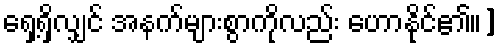
ရှေ့ရှိလျှင် အနက်များစွာကိုလည်း ဟောနိုင်၏။]